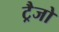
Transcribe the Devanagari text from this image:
ट्रैजो